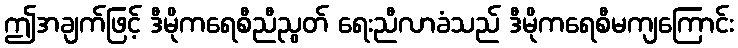
ဤအချက်ဖြင့် ဒီမိုကရေစီညီညွတ် ရေးညီလာခံသည် ဒီမိုကရေစီမကျကြောင်း